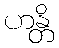
ဟန္တိ